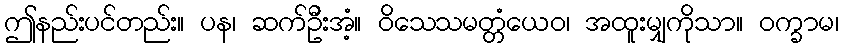
ဤနည်းပင်တည်း။ ပန၊ ဆက်ဦးအံ့။ ဝိသေသမတ္တံယေဝ၊ အထူးမျှကိုသာ။ ဝက္ခာမ၊